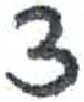
אות: צ